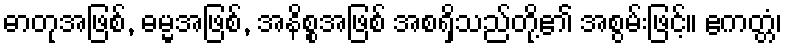
ဓာတုအဖြစ်, ဓမ္မအဖြစ်, အနိစ္စအဖြစ် အစရှိသည်တို့၏ အစွမ်းဖြင့်။ ဧကတ္တံ၊